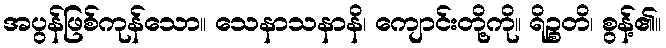
အပွန်ဖြစ်ကုန်သော။ သေနာသနာနိ၊ ကျောင်းတို့ကို။ ရိဉ္စတိ၊ စွန့်၏။